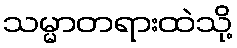
သမ္မာတရားထဲသို့